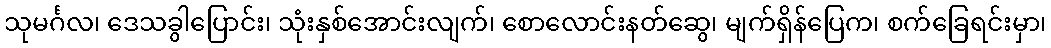
သုမင်္ဂလ၊ ဒေသခွါပြောင်း၊ သုံးနှစ်အောင်းလျက်၊ စောလောင်းနတ်ဆွေ၊ မျက်ရှိန်ပြေက၊ စက်ခြေရင်းမှာ၊